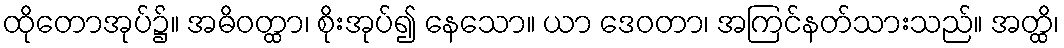
ထိုတောအုပ်၌။ အဓိဝတ္ထာ၊ စိုးအုပ်၍ နေသော။ ယာ ဒေဝတာ၊ အကြင်နတ်သားသည်။ အတ္ထိ၊